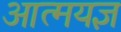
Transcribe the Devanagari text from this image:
आत्मयज्ञ